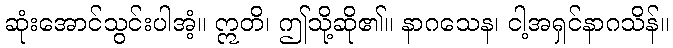
ဆုံးအောင်သွင်းပါအံ့။ ဣတိ၊ ဤသို့ဆို၏။ နာဂသေန၊ ငါ့အရှင်နာဂသိန်။